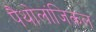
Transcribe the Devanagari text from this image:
पैथोलांजिकल